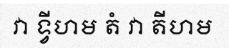
វា ទ្វីហម តំ វា តីហម